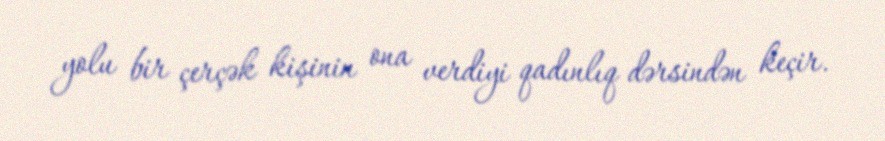
yolu bir çerçək kişinin ona verdiyi qadınlıq dərsindən keçir.